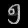
Digit: ၅